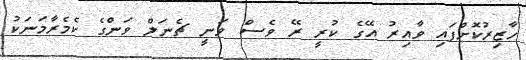
ހާޒިރުކޮށްފައި ވާއިރު އޭގެ ކުރީ ރޭ ވެސް ވަނީ ޗެނަލް ވަންގެ ކެމެރާމަނަކު